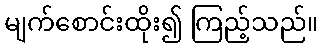
မျက်စောင်းထိုး၍ ကြည့်သည်။